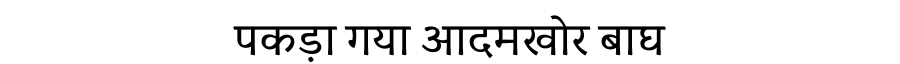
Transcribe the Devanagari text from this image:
पकड़ा गया आदमखोर बाघ